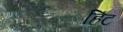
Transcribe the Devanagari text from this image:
हिंट